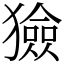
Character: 獫